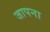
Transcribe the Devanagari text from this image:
जापना